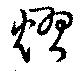
熠